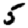
Digit: 5